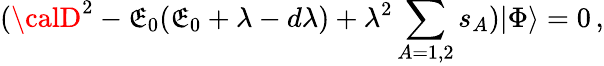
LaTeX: ({\calD}^{2}-\mathfrak{E}_{0}(\mathfrak{E}_{0}+\lambda-d\lambda)+\lambda^{2}\sum_{A=1,2}s_{A})|\Phi\rangle=0\, ,